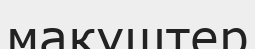
макуштер